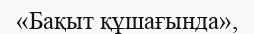
«Бақыт құшағында»,